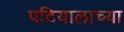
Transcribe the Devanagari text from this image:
पटियालाच्या